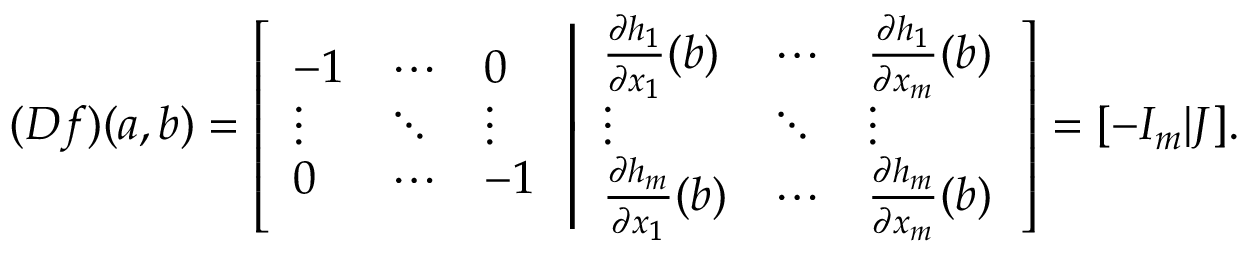
( D f ) ( a , b ) = \left[ { \begin{array} { l l l } { - 1 } & { \cdots } & { 0 } \\ { \vdots } & { \ddots } & { \vdots } \\ { 0 } & { \cdots } & { - 1 } \end{array} } \left| { \begin{array} { l l l } { { \frac { \partial h _ { 1 } } { \partial x _ { 1 } } } ( b ) } & { \cdots } & { { \frac { \partial h _ { 1 } } { \partial x _ { m } } } ( b ) } \\ { \vdots } & { \ddots } & { \vdots } \\ { { \frac { \partial h _ { m } } { \partial x _ { 1 } } } ( b ) } & { \cdots } & { { \frac { \partial h _ { m } } { \partial x _ { m } } } ( b ) } \end{array} } \right. \right] = [ - I _ { m } | J ] .